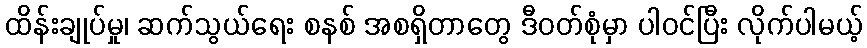
ထိန်းချုပ်မှု၊ ဆက်သွယ်ရေး စနစ် အစရှိတာတွေ ဒီဝတ်စုံမှာ ပါဝင်ပြီး လိုက်ပါမယ့်